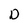
Character: D